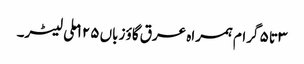
۳ تا ۵ گرام ہمراہ عرق گاؤ زباں ۱۲۵ ملی لیٹر۔